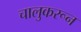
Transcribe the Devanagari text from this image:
चालुकरून